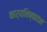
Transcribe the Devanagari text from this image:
कार्यनिष्‍पादन